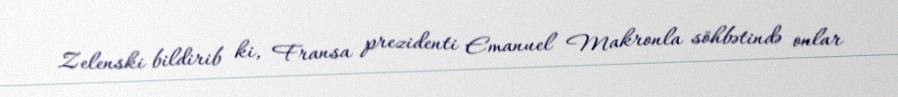
Zelenski bildirib ki, Fransa prezidenti Emanuel Makronla söhbətində onlar